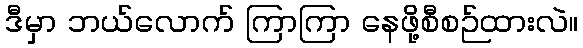
ဒီမှာ ဘယ်လောက် ကြာကြာ နေဖို့စီစဉ်ထားလဲ။